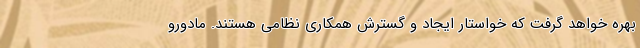
بهره خواهد گرفت که خواستار ایجاد و گسترش همکاری نظامی هستند. مادورو